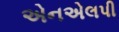
એનએલપી